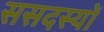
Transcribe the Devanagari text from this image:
ससदस्यों